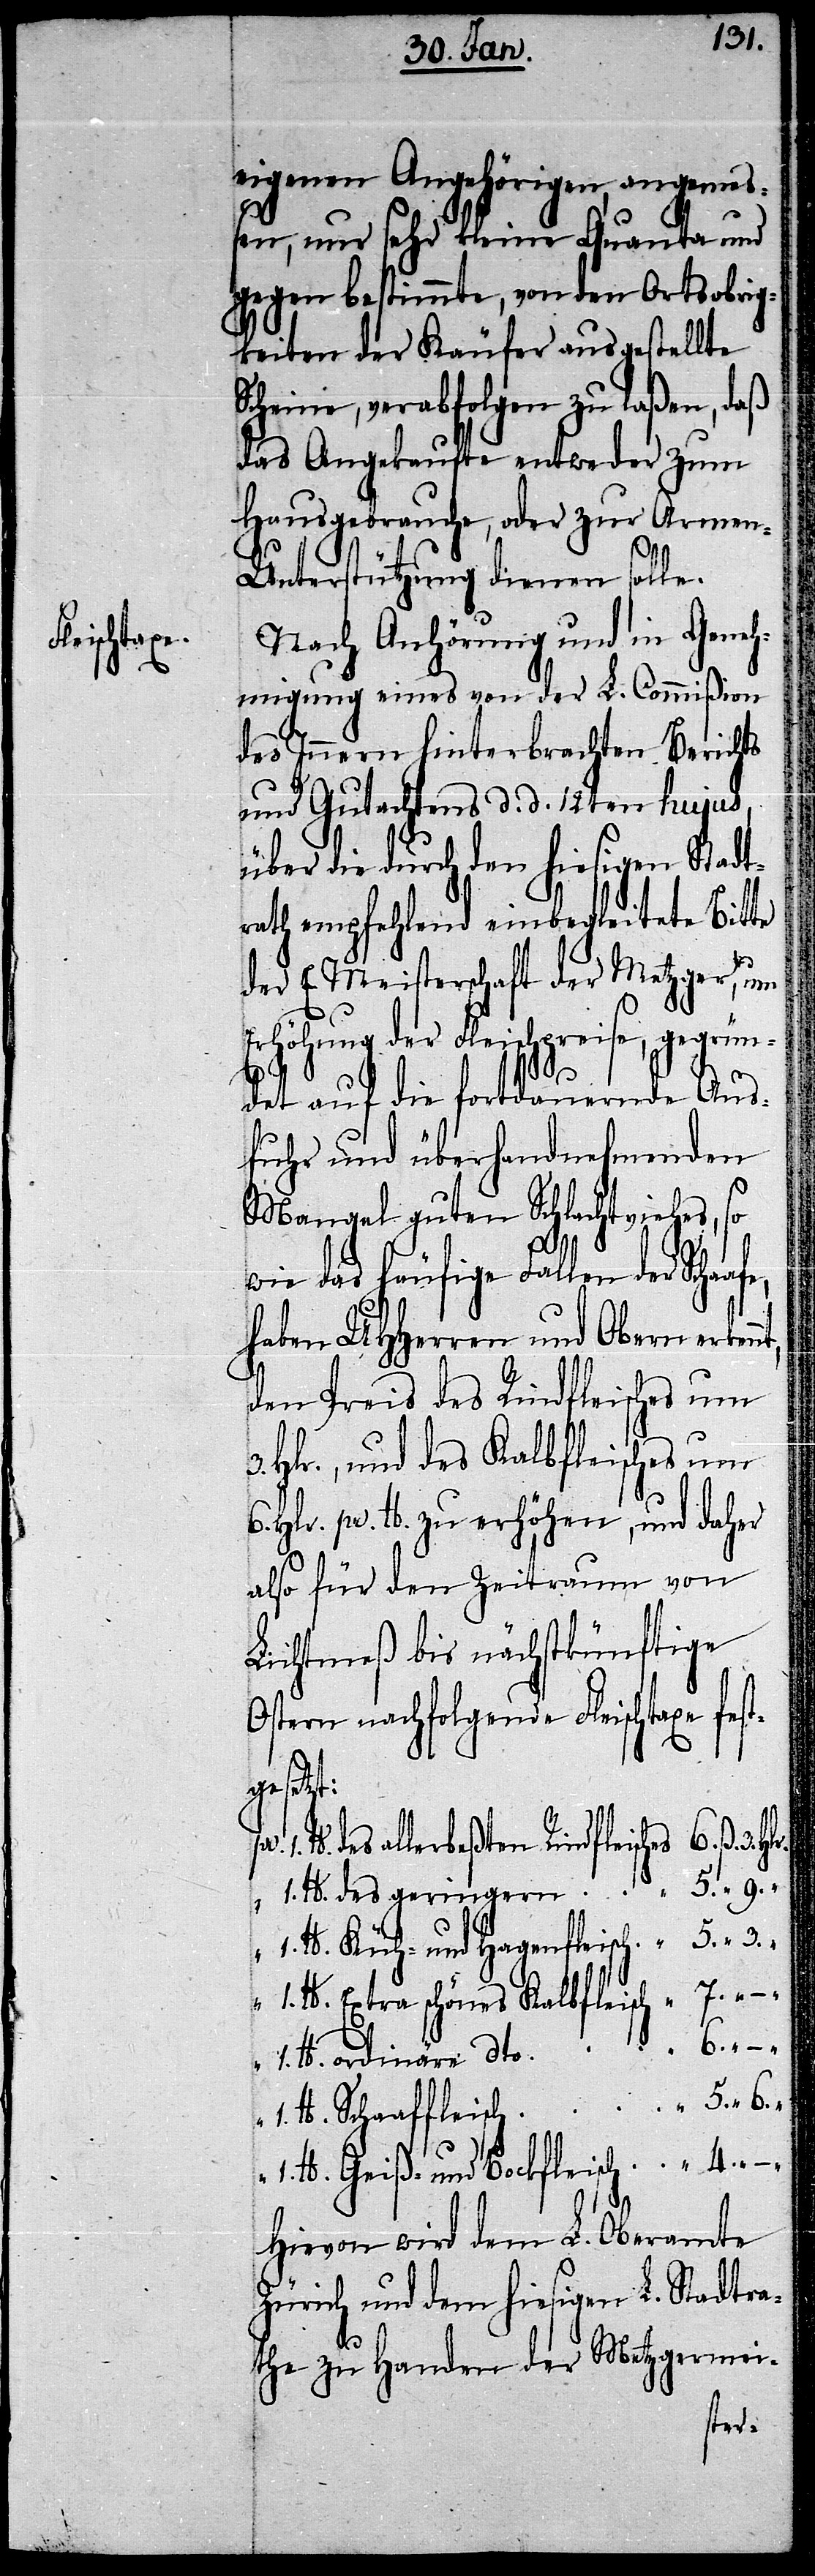
eigenen Angehörigen, angemeß¬
en, nur sehr kleine Quanta und
gegen bestimmte, von den Ortsobrig¬
keiten der Käufer ausgestellte
Scheine, verabfolgen zu laßen, daß
das Angekaufte entweder zum
Hausgebrauche, oder zur Armen-U¬
nterstützung dienen solle.
Nach Anhörung und in Geneh¬
migung eines von der L. Commißion
des Innern hinterbrachten Berichts
und Gutachtens d. d. 12ten hujus,
über die durch den hiesigen Stadt¬
rath empfehlend einbegleitete Bitte
der E. Meisterschaft der Metzger, um
Erhöhung der Fleischpreise, gegrün¬
det auf die fortdauernde Aus¬
fuhr und überhandnehmenden
Mangel guten Schlachtviehes, so
gege¬
wie das häufige Fallen
haben UHHerren und Obern erken¬
den Preis des Rindfleisches um
3. Hlr., und des Kalbfleisches um
6. Hlr. pr. lb. zu erhöhen, und daher
also für den Zeitraum von
Lichtmeß bis nächstkünftige
Ostern nachfolgende Fleischtaxe f¬
gesetzt:
übrigen Oberämtern für die
des geringern
4. „ – „
ben.
Hievon wird dem L. Oberamte
Zürich und dem hiesigen L. Stadtra¬
the zu Handen der Metzgermei¬
ster¬